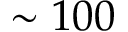
\sim 1 0 0